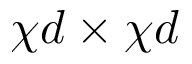
\chi d \times \chi d